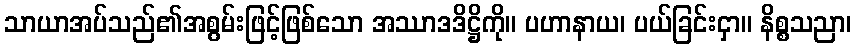
သာယာအပ်သည်၏အစွမ်းဖြင့်ဖြစ်သော အဿာဒဒိဋ္ဌိကို။ ပဟာနာယ၊ ပယ်ခြင်းငှာ။ နိစ္စသညာ၊